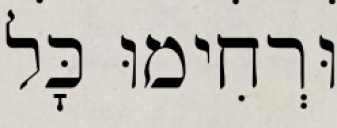
וּרְחִימוּ כׇּל